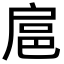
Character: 扈